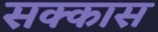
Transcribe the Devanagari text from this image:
सक्कास